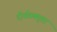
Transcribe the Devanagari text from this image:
दीर्घवक्तृता